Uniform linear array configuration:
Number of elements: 32
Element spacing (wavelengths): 0.25
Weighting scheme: hamming
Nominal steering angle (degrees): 60
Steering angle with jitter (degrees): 61.106
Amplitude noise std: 0.05
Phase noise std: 0.05

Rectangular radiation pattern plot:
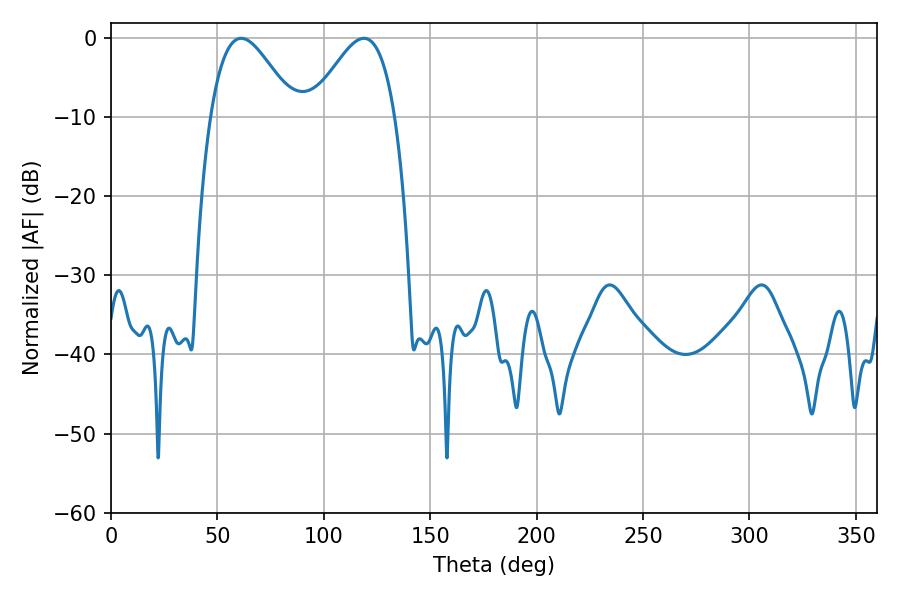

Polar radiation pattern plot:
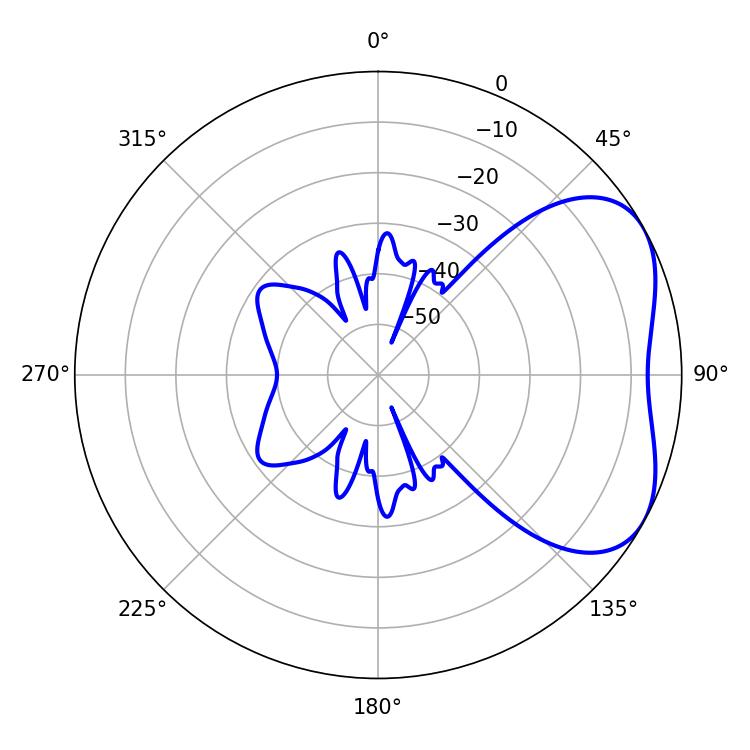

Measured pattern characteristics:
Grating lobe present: FALSE
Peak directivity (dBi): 4.309
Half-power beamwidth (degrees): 21.06
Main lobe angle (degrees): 61.2